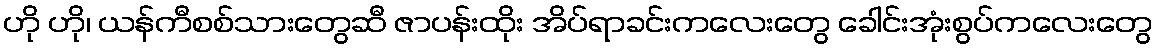
ဟို ဟို၊ ယန်ကီစစ်သားတွေဆီ ဇာပန်းထိုး အိပ်ရာခင်းကလေးတွေ ခေါင်းအုံးစွပ်ကလေးတွေ